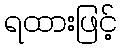
ရထားဖြင့်